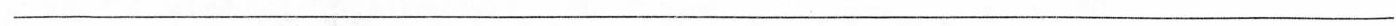
___